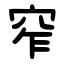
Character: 窄